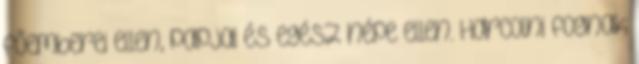
főemberei ellen, papjai és egész népe ellen. Harcolni fognak